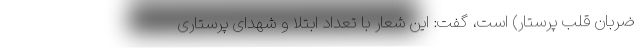
ضربان قلب پرستار) است، گفت: این شعار با تعداد ابتلا و شهدای پرستاری